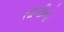
તાળીનો